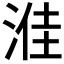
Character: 𪶔